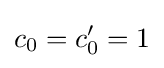
c_{0}=c_{0}'=1